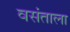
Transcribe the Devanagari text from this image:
वसंताला